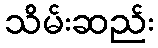
သိမ်းဆည်း